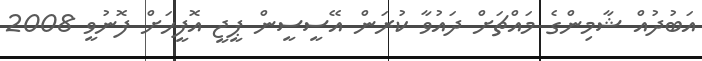
އަބުދުއް ޝާމިންގެ މައްޗަށް ދައުވާ ކުރަން އޭސީސީން ޕީޖީ އޮފީހަށް ފޮނުވީ 2008